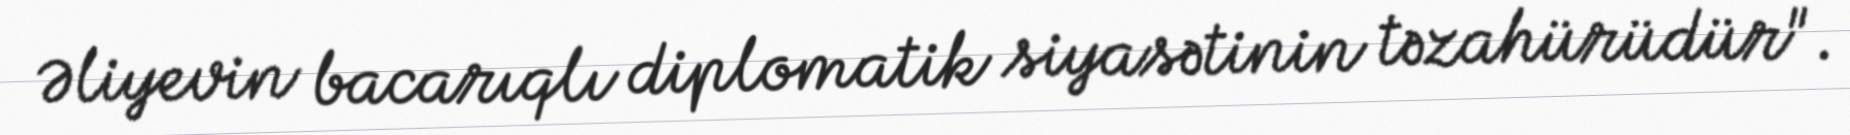
Əliyevin bacarıqlı diplomatik siyasətinin təzahürüdür".